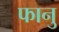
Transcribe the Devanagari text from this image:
फानु